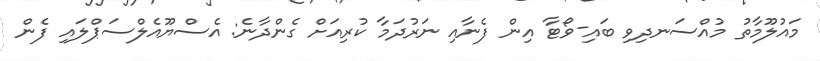
މައުލޫމާތު މުއްސަނދިވި ބައި-ވޯޓާ އިން ފެނާއި ނަރުދަމާ ކުރިއަށް ގެންދާނެ: އެސްޔޫއެލްސަޕްލައި ފެން